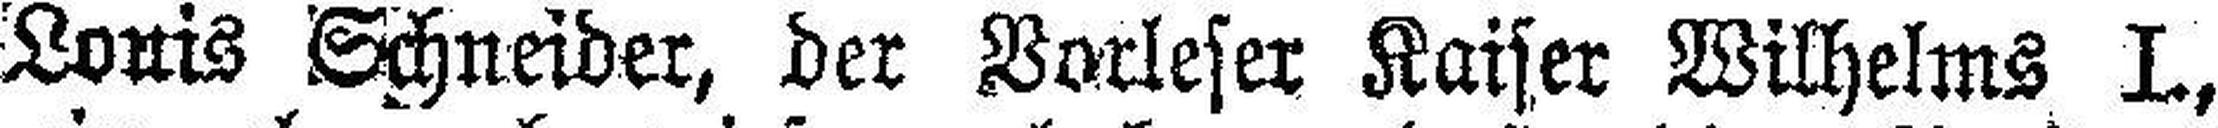
Louis Schneider, der Vorleser Kaiser Wilhelms I.,